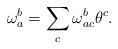
LaTeX: \begin{align*}\omega^b_a = \sum_c \omega^b_{ac} \theta^c. \end{align*}